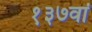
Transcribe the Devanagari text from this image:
१३७वां